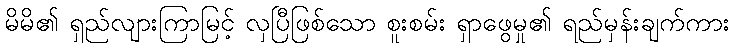
မိမိ၏ ရှည်လျားကြာမြင့် လှပြီဖြစ်သော စူးစမ်း ရှာဖွေမှု၏ ရည်မှန်းချက်ကား